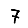
Digit: 7